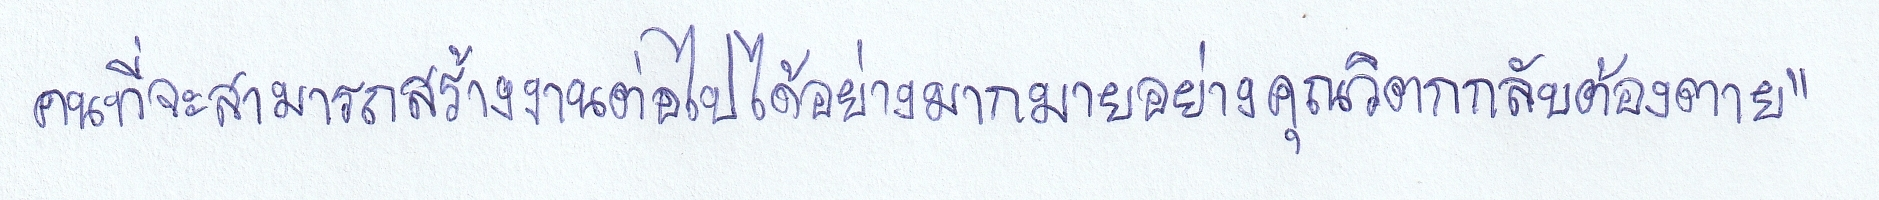
คนที่จะสามารถสร้างงานต่อไปได้อย่างมากมายอย่างคุณวิตกกลับต้องตาย"